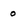
Character: o